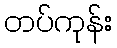
တပ်ကုန်း